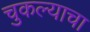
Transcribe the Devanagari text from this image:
चुकल्याचा